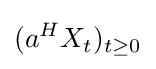
(a^{H}X_{t})_{t\geq 0}